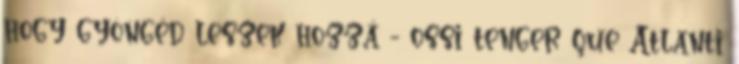
hogy gyöngéd leszek hozzá - ossi tenger que Atlanti